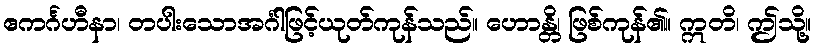
ဧကင်္ဂဟီနာ၊ တပါးသောအင်္ဂါဖြင့်ယုတ်ကုန်သည်။ ဟောန္တိ၊ ဖြစ်ကုန်၏။ ဣတိ၊ ဤသို့။